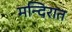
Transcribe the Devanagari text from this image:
मन्दिरात